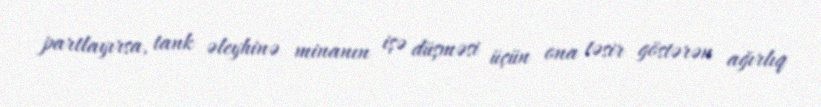
partlayırsa, tank əleyhinə minanın işə düşməsi üçün ona təsir göstərən ağırlıq